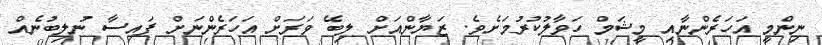
ނިންމީ އަހަރެންނާއި މީޝަމް ހަވާލުކުރުމަށެވެ. ޒަޔާންއަށް ލިބޭ ވަރަށް އަހަރެންނަށް ފައިސާ ނުލިބުނެއް